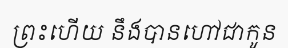
ព្រះហើយ នឹងបានហៅជាកូន